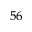
^ { 5 6 }